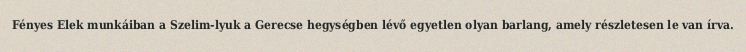
Fényes Elek munkáiban a Szelim-lyuk a Gerecse hegységben lévő egyetlen olyan barlang, amely részletesen le van írva.